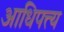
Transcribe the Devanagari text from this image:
आधिपत्त्य